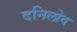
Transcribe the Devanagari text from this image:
दनिलोव